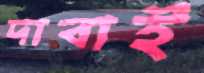
দাবাই